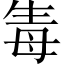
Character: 𤯟